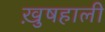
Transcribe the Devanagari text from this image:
ख़ुषहाली